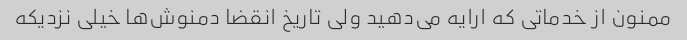
ممنون از خدماتی که ارایه می‌دهید ولی تاریخ انقضا دمنوش‌ها خیلی نزدیکه